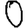
Digit: 0